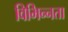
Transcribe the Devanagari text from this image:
विभिन्‍नता